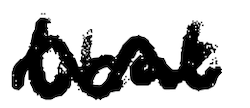
Text: that
Cross-out: wave
Writing tool: digital_black